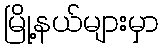
မြို့နယ်များမှာ